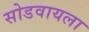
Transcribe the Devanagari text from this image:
सोडवायला